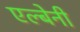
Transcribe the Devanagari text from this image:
एल्बेनी